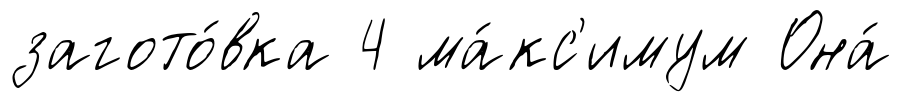
загото́вка 4 ма́кс'имум Она́